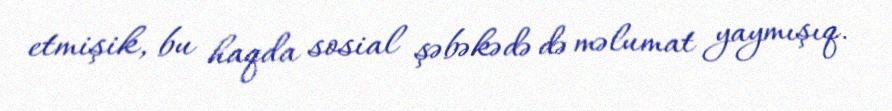
etmişik, bu haqda sosial şəbəkədə də məlumat yaymışıq.